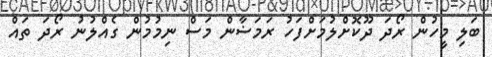
ބަލި މީހުން ރޯދަ ދޫކޮށްލުމަށްފަހު ރަމަޟާން މަސް ނިމުމުން ގެއްލުނު ރޯދަ ތައް